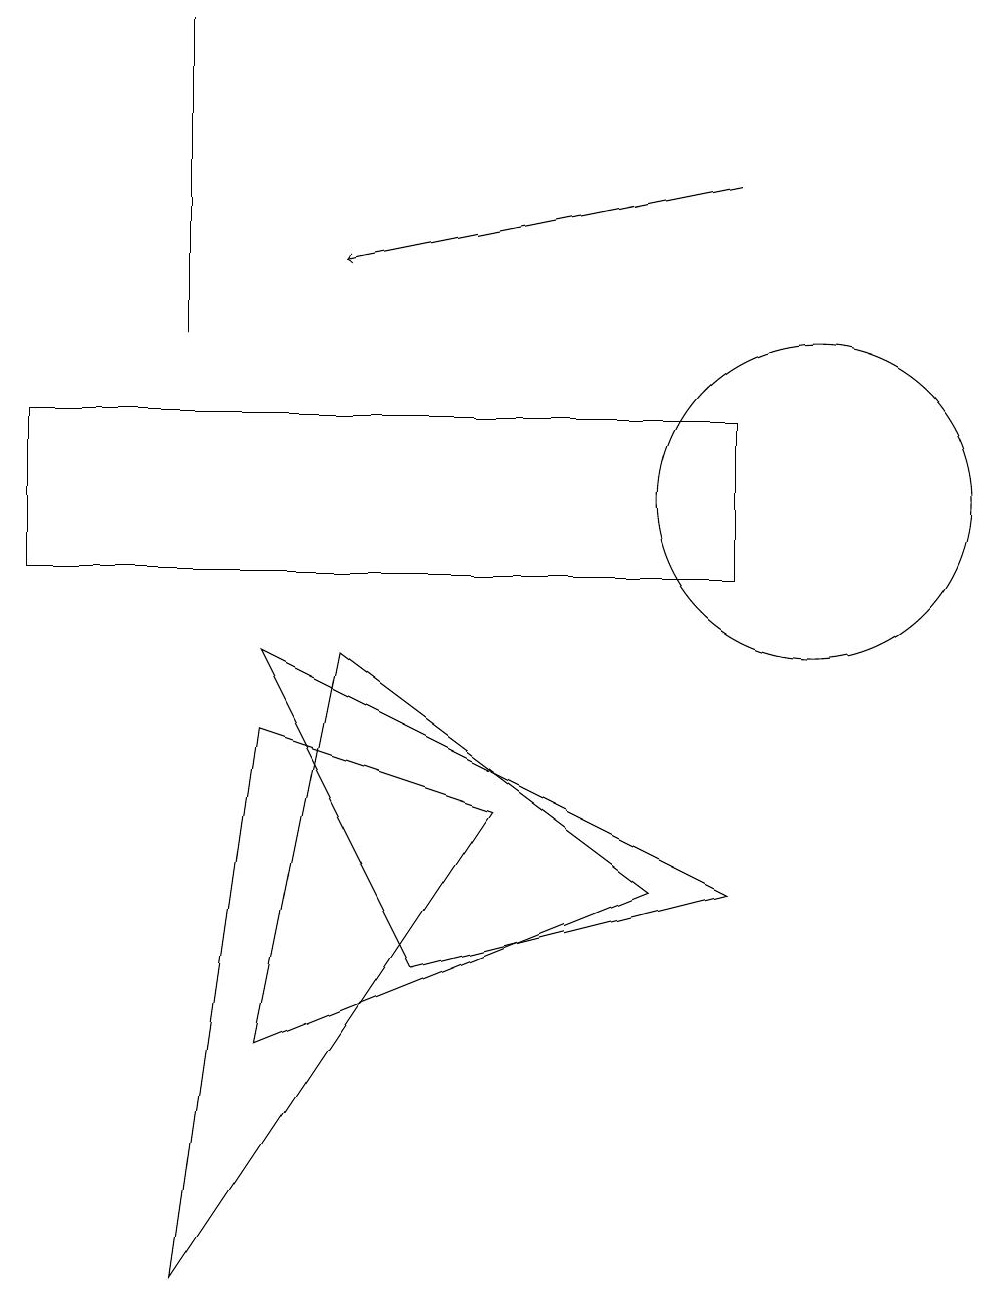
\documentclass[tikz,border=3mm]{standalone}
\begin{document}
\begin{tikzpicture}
\draw (3,4) -- (8,6) -- (4,9) -- cycle;
\draw (2,1) -- (6,7) -- (3,8) -- cycle;
\draw (3,9) -- (5,5) -- (9,6) -- cycle;
\draw (10,11) circle (2);
\draw (0,12) rectangle (9,10);
\draw (2,13) rectangle (2,17);
\draw[->] (9,15) -- (4,14);
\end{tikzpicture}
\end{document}